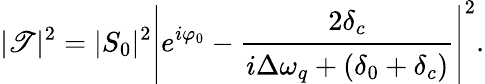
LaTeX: {|\mathscr{T}|^{2}}=|S_{0}|^{2}\left|e^{i\varphi_{0}}-\cfrac{2\delta_{c}}{i\Delta\omega_{q}+(\delta_{0}+\delta_{c})}\right|^{2}.